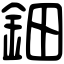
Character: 鈿